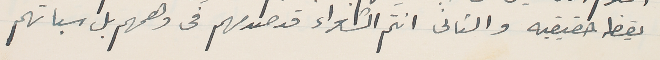
يقظه حقيقيه والثانى انتم الشعراء قد صدمهم فى وهمهم بل سباتهم